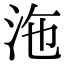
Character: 沲